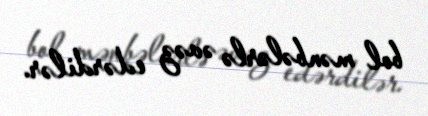
bol mənbələrlə əvəz edərdilər.